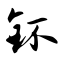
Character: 钚